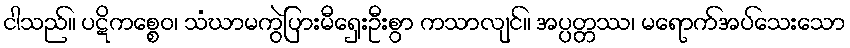
ငါသည်။ ပဋိကစ္စေဝ၊ သံဃာမကွဲပြားမီရှေးဦးစွာ ကသာလျင်။ အပ္ပတ္တဿ၊ မရောက်အပ်သေးသော